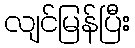
လျင်မြန်ပြီး